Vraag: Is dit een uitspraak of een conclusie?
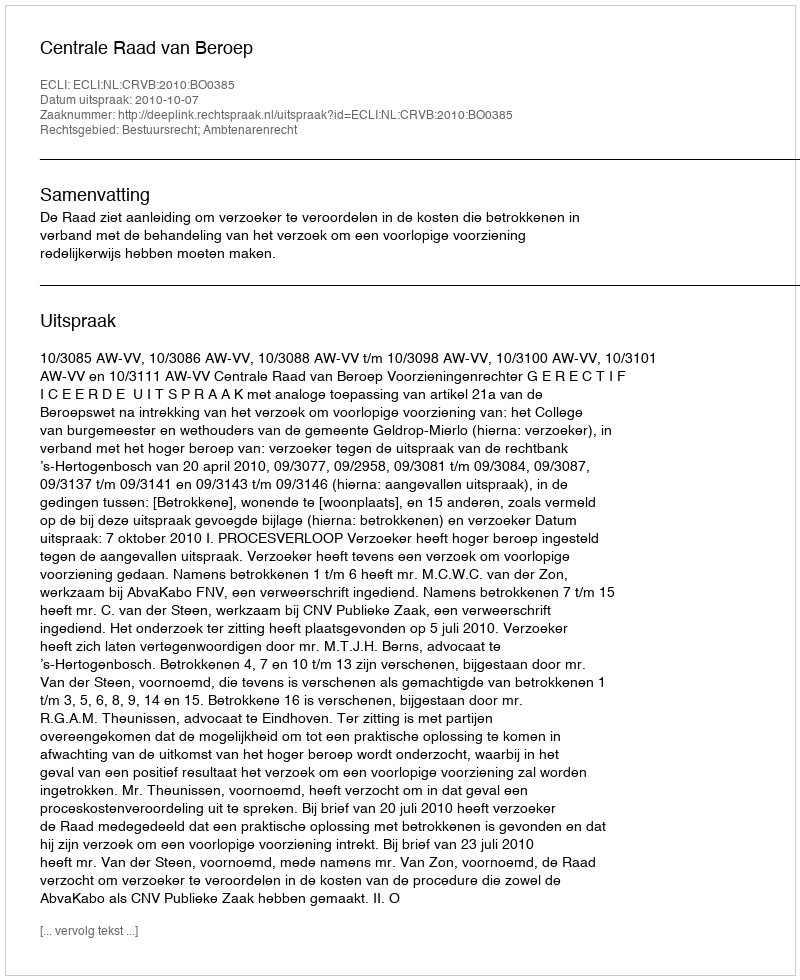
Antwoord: Uitspraak